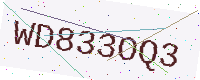
Text: WD833OQ3